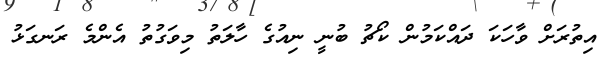
އިތުރަށް ވާހަކަ ދައްކަމުން ކޯޗު ބުނީ ނިއުގެ ހާލަތު މިވަގުތު އެންމެ ރަނގަޅު